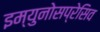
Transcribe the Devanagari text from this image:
इम्युनोसप्रेसिव